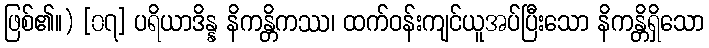
ဖြစ်၏။) [၀၇] ပရိယာဒိန္န နိကန္တိကဿ၊ ထက်ဝန်းကျင်ယူအပ်ပြီးသော နိကန္တိရှိသော